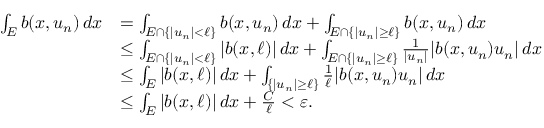
\begin{array} { r l } { \int _ { E } b ( x , u _ { n } ) \, d x } & { = \int _ { E \cap \{ | u _ { n } | < \ell \} } b ( x , u _ { n } ) \, d x + \int _ { E \cap \{ | u _ { n } | \geq \ell \} } b ( x , u _ { n } ) \, d x } \\ & { \leq \int _ { E \cap \{ | u _ { n } | < \ell \} } | b ( x , \ell ) | \, d x + \int _ { E \cap \{ | u _ { n } | \geq \ell \} } \frac { 1 } { | u _ { n } | } | b ( x , u _ { n } ) u _ { n } | \, d x } \\ & { \leq \int _ { E } | b ( x , \ell ) | \, d x + \int _ { \{ | u _ { n } | \geq \ell \} } \frac { 1 } { \ell } | b ( x , u _ { n } ) u _ { n } | \, d x } \\ & { \leq \int _ { E } | b ( x , \ell ) | \, d x + \frac { C } { \ell } < \varepsilon . } \end{array}